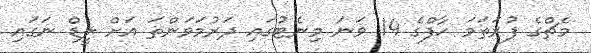
މެޗްގެ ފުރަތަމަ ހާފްގެ 14 ވަނަ މިނެޓުގައި ދަރުމަވަންތަ އަށް ލީޑް ނަގައި